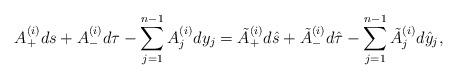
LaTeX: \begin{align*} A_+^{(i)}ds+A_-^{(i)}d\tau -\sum_{j=1}^{n-1}A_j^{(i)}dy_j = \tilde A_+^{(i)}d\hat s+\tilde A_-^{(i)}d\hat\tau-\sum_{j=1}^{n-1}\tilde A_j^{(i)}d\hat y_j,\end{align*}